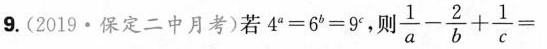
9.(2019·保定二中月考)若$$4 ^ { a } = 6 ^ { b } = 9 ^ { c }$$，则$$\frac { 1 } { a } - \frac { 2 } { b } + \frac { 1 } { c } =